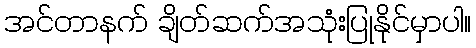
အင်တာနက် ချိတ်ဆက်အသုံးပြုနိုင်မှာပါ။